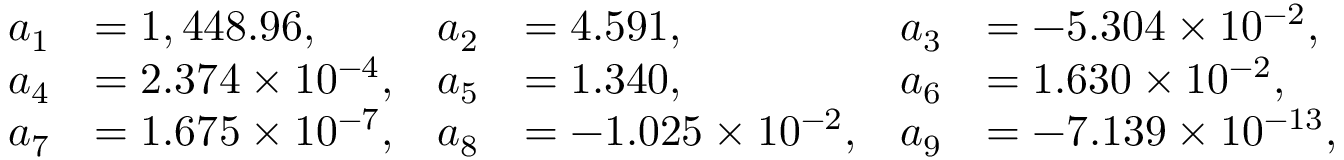
{ \begin{array} { r l r l r l } { a _ { 1 } } & { = 1 , 4 4 8 . 9 6 , } & { a _ { 2 } } & { = 4 . 5 9 1 , } & { a _ { 3 } } & { = - 5 . 3 0 4 \times 1 0 ^ { - 2 } , } \\ { a _ { 4 } } & { = 2 . 3 7 4 \times 1 0 ^ { - 4 } , } & { a _ { 5 } } & { = 1 . 3 4 0 , } & { a _ { 6 } } & { = 1 . 6 3 0 \times 1 0 ^ { - 2 } , } \\ { a _ { 7 } } & { = 1 . 6 7 5 \times 1 0 ^ { - 7 } , } & { a _ { 8 } } & { = - 1 . 0 2 5 \times 1 0 ^ { - 2 } , } & { a _ { 9 } } & { = - 7 . 1 3 9 \times 1 0 ^ { - 1 3 } , } \end{array} }